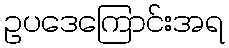
ဥပဒေကြောင်းအရ